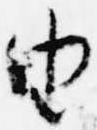
由